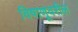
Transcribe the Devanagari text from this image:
विषाणूवरील